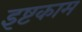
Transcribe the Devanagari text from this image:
इष्टकाम